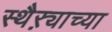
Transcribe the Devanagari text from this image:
स्थैऱ्याच्या